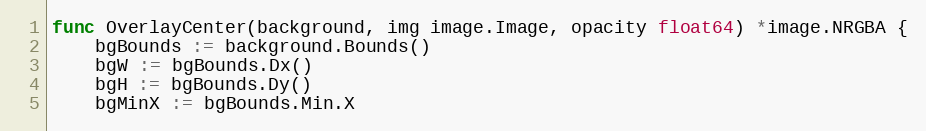
Language: Go
func OverlayCenter(background, img image.Image, opacity float64) *image.NRGBA {
	bgBounds := background.Bounds()
	bgW := bgBounds.Dx()
	bgH := bgBounds.Dy()
	bgMinX := bgBounds.Min.X